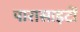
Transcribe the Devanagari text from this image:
पारासाइटों